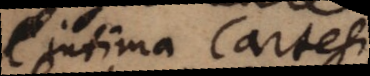
intima Cartesii